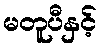
မတူပီနှင့်